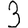
Digit: 3